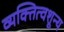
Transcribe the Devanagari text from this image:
व्यक्तित्वशून्य